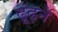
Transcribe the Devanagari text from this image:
ढ़ूंढ़ने